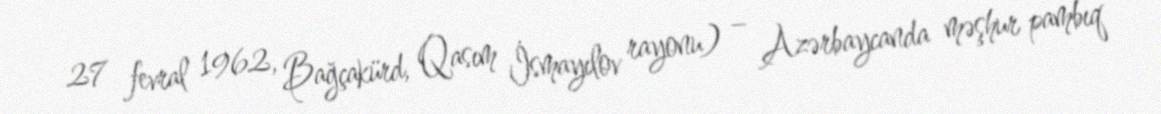
27 fevral 1962, Bağçakürd, Qasım İsmayılov rayonu) – Azərbaycanda məşhur pambıq